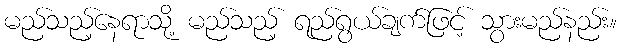
မည်သည့်နေရာသို့ မည်သည့် ရည်ရွယ်ချက်ဖြင့် သွားမည်နည်း။